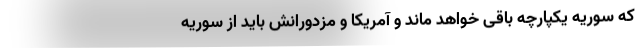
که سوریه یکپارچه باقی خواهد ماند و آمریکا و مزدورانش باید از سوریه